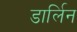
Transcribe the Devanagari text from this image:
डार्लिन